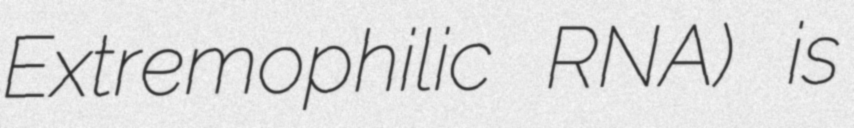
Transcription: Extremophilic RNA) is